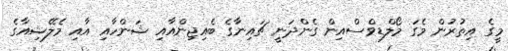
މީގެ އިތުރުން މެގަ މޯލްޑިވްސްއިން ގެންދަނީ ޗައިނާގެ ބެއިޖިންއާއި ޝަންހާއި އާއި މެލޭޝިއާގެ